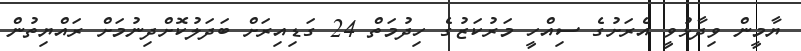
ޔާމީން ވިދާޅުވީ އެރަށުގެ ސިއްހީ މަރުކަޒުގެ ހިދުމަތް 24 ގަޑިއިރަށް ބަދަލުކޮށްދިނުމަށް ރައްޔިތުން